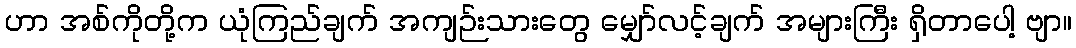
ဟာ အစ်ကိုတို့က ယုံကြည်ချက် အကျဉ်းသားတွေ မျှော်လင့်ချက် အများကြီး ရှိတာပေါ့ ဗျာ။